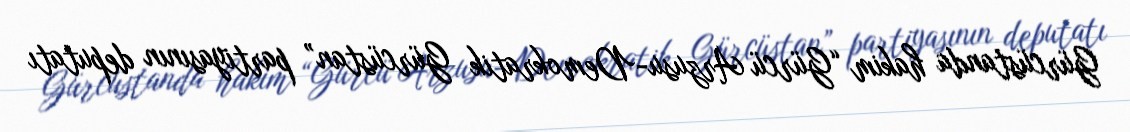
Gürcüstanda hakim “Gürcü Arzusu-Demokratik Gürcüstan” partiyasının deputatı